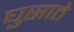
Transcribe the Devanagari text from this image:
घुसाते